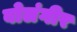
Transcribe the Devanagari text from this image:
बोलंगीर